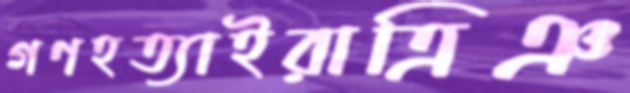
গণহত্যাইরাত্রিঞ